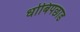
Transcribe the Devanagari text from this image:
धोबिपछाड